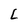
Character: L